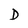
Character: D